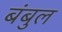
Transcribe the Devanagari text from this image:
बंबुल